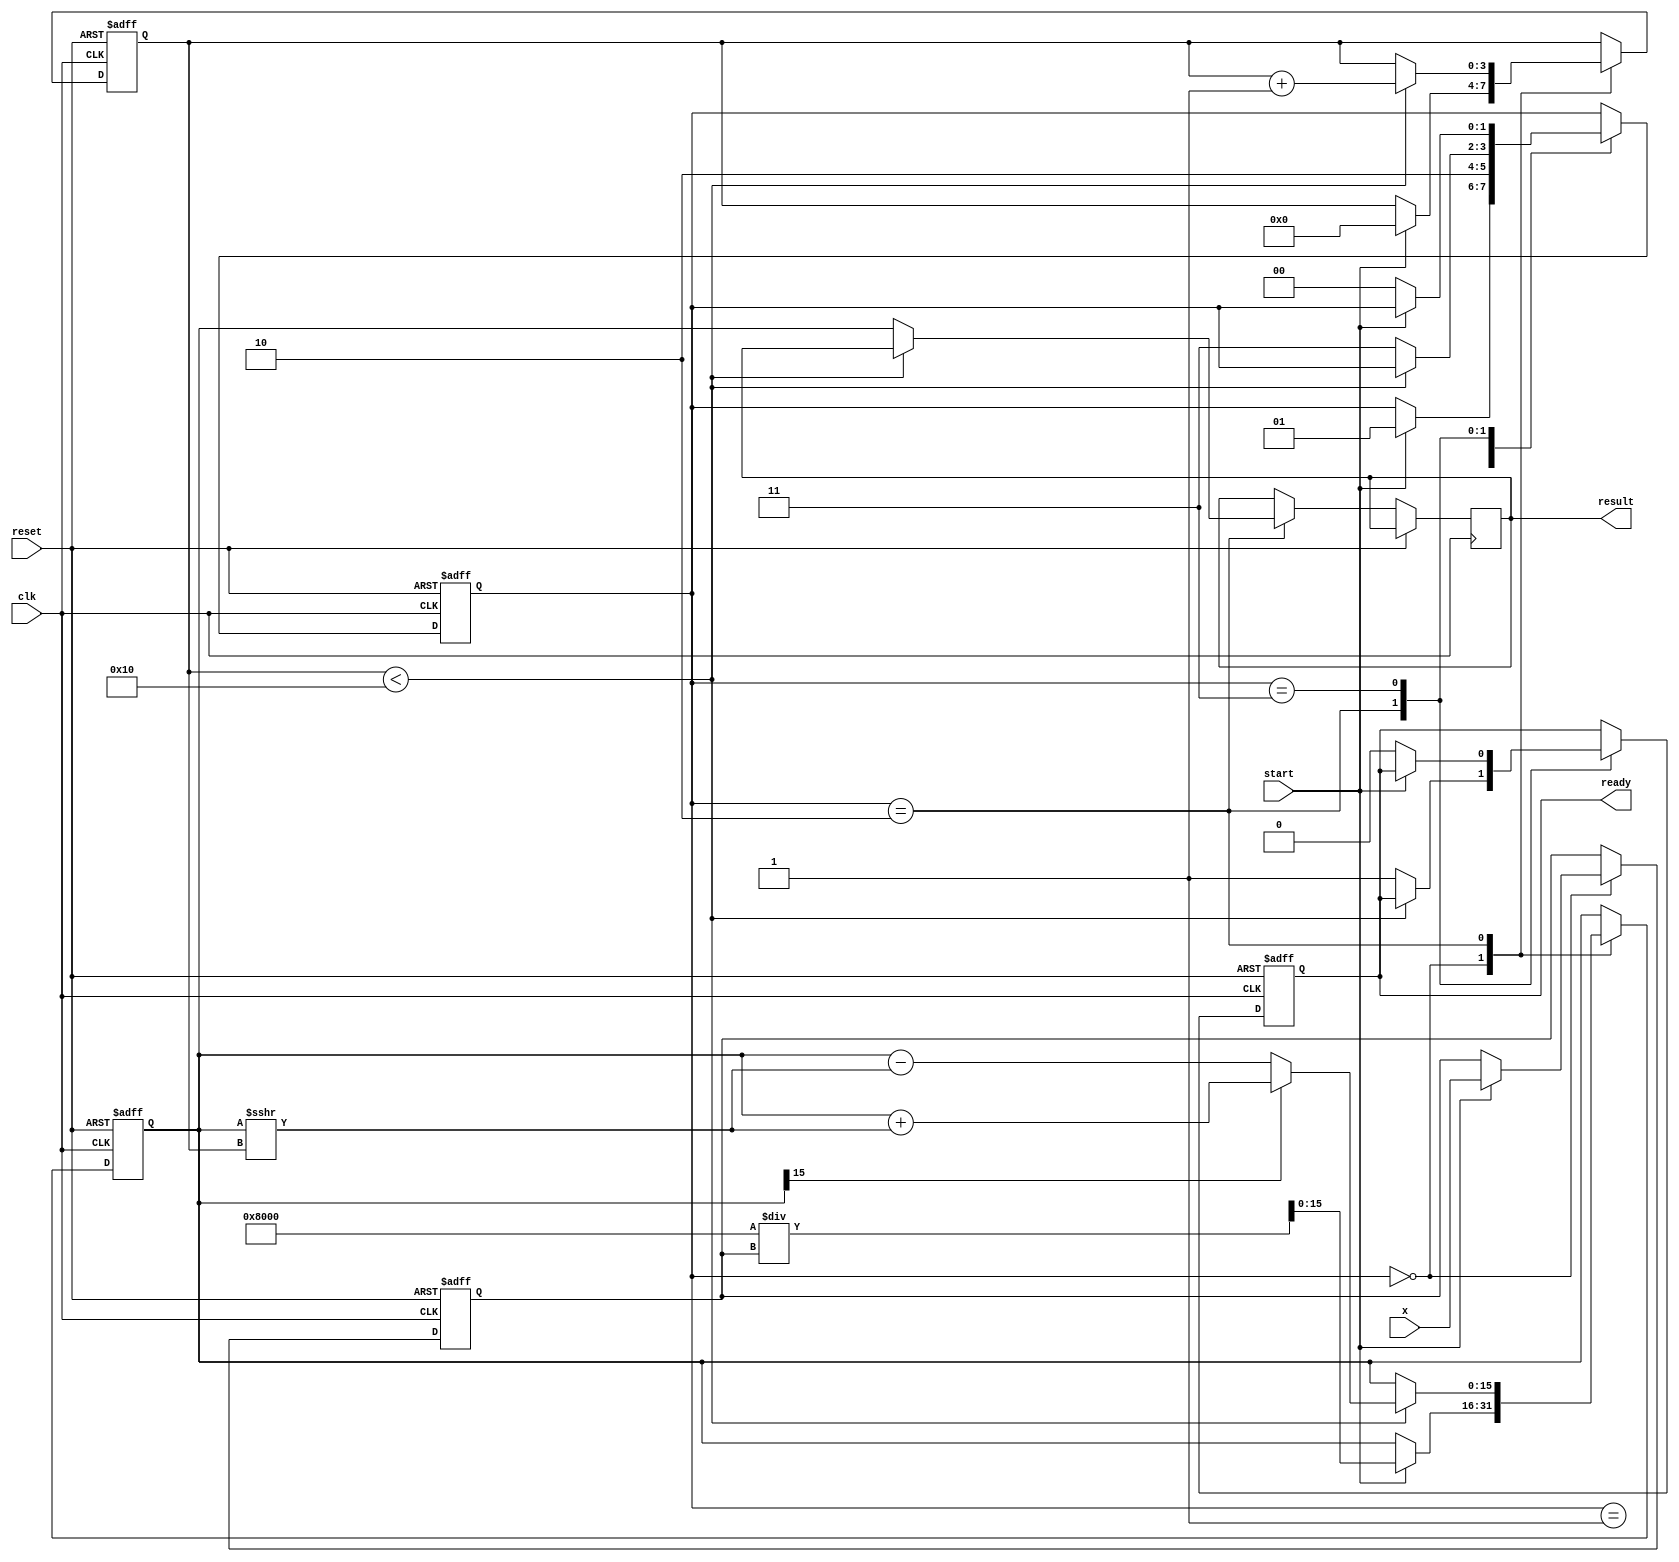
module cordic_reciprocal #(
    parameter N = 16,                // Number of bits for fixed-point representation
    parameter ITERATIONS = 16        // Number of CORDIC iterations
)(
    input wire clk,
    input wire reset,
    input wire start,
    input wire [N-1:0] x,
    output reg [N-1:0] result,
    output reg ready
);

    // Internal registers
    reg [N-1:0] z;                   // Initial approximation
    reg [N-1:0] current_value;       // Current approximation
    reg [N-1:0] angle;               // Angle for rotation
    reg [3:0] iteration_count;       // Iteration counter
    reg [1:0] state;                 // State machine

    // State encoding
    localparam IDLE = 2'b00;
    localparam INIT = 2'b01;
    localparam ITERATE = 2'b10;
    localparam DONE = 2'b11;

    // CORDIC constants (arctan(2^-i) values)
    reg [N-1:0] atan_table [0:ITERATIONS-1];

    initial begin
        // Initialize the arctan lookup table
        atan_table[0] = 16'h2000; // atan(1) = 0.7854 (in fixed point)
        atan_table[1] = 16'h1000; // atan(0.5) = 0.4636
        atan_table[2] = 16'h0800; // atan(0.25) = 0.2449
        atan_table[3] = 16'h0400; // atan(0.125) = 0.1244
        // Continue filling the table for more iterations...
        // atan_table[4] = 16'h0200; // and so on...
    end

    // State machine for control logic
    always @(posedge clk or posedge reset) begin
        if (reset) begin
            state <= IDLE;
            ready <= 0;
            iteration_count <= 0;
            current_value <= 0;
            z <= 0;
        end else begin
            case (state)
                IDLE: begin
                    if (start) begin
                        z <= x; // Load input value
                        // Initial approximation (1/x) can be computed here
                        current_value <= (1 << (N-1)) / z; // Example initial guess
                        iteration_count <= 0;
                        state <= INIT;
                    end
                end

                INIT: begin
                    // Initialize the angle for the first iteration
                    angle <= 0;
                    state <= ITERATE;
                end

                ITERATE: begin
                    if (iteration_count < ITERATIONS) begin
                        // Perform CORDIC rotation
                        if (current_value[N-1] == 1) begin
                            current_value <= current_value + (current_value >>> iteration_count);
                            angle <= angle - atan_table[iteration_count];
                        end else begin
                            current_value <= current_value - (current_value >>> iteration_count);
                            angle <= angle + atan_table[iteration_count];
                        end
                        iteration_count <= iteration_count + 1;
                    end else begin
                        // Finished iterations
                        result <= current_value; // Output the result
                        ready <= 1;
                        state <= DONE;
                    end
                end

                DONE: begin
                    if (!start) begin
                        // Reset the ready signal when not processing
                        ready <= 0;
                        state <= IDLE;
                    end
                end
            endcase
        end
    end

endmodule